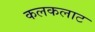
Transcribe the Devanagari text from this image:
कलकलाट